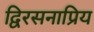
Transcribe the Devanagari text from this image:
द्विरसनाप्रिय